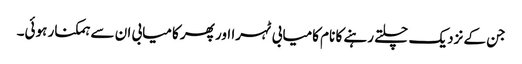
جن کے نزدیک چلتے رہنے کا نام کامیابی ٹہرا اور پھر کامیابی ان سے ہمکنار ہوئی۔